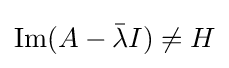
\operatorname {Im} (A-{\bar {\lambda }}I)\neq H